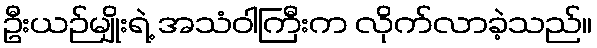
ဦးယဉ်မျိုးရဲ့ အသံဝါကြီးက လိုက်လာခဲ့သည်။